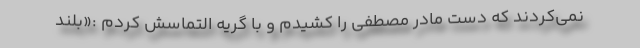
نمی‌کردند که دست مادر مصطفی را کشیدم و با گریه التماسش کردم :«بلند